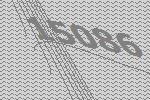
15086